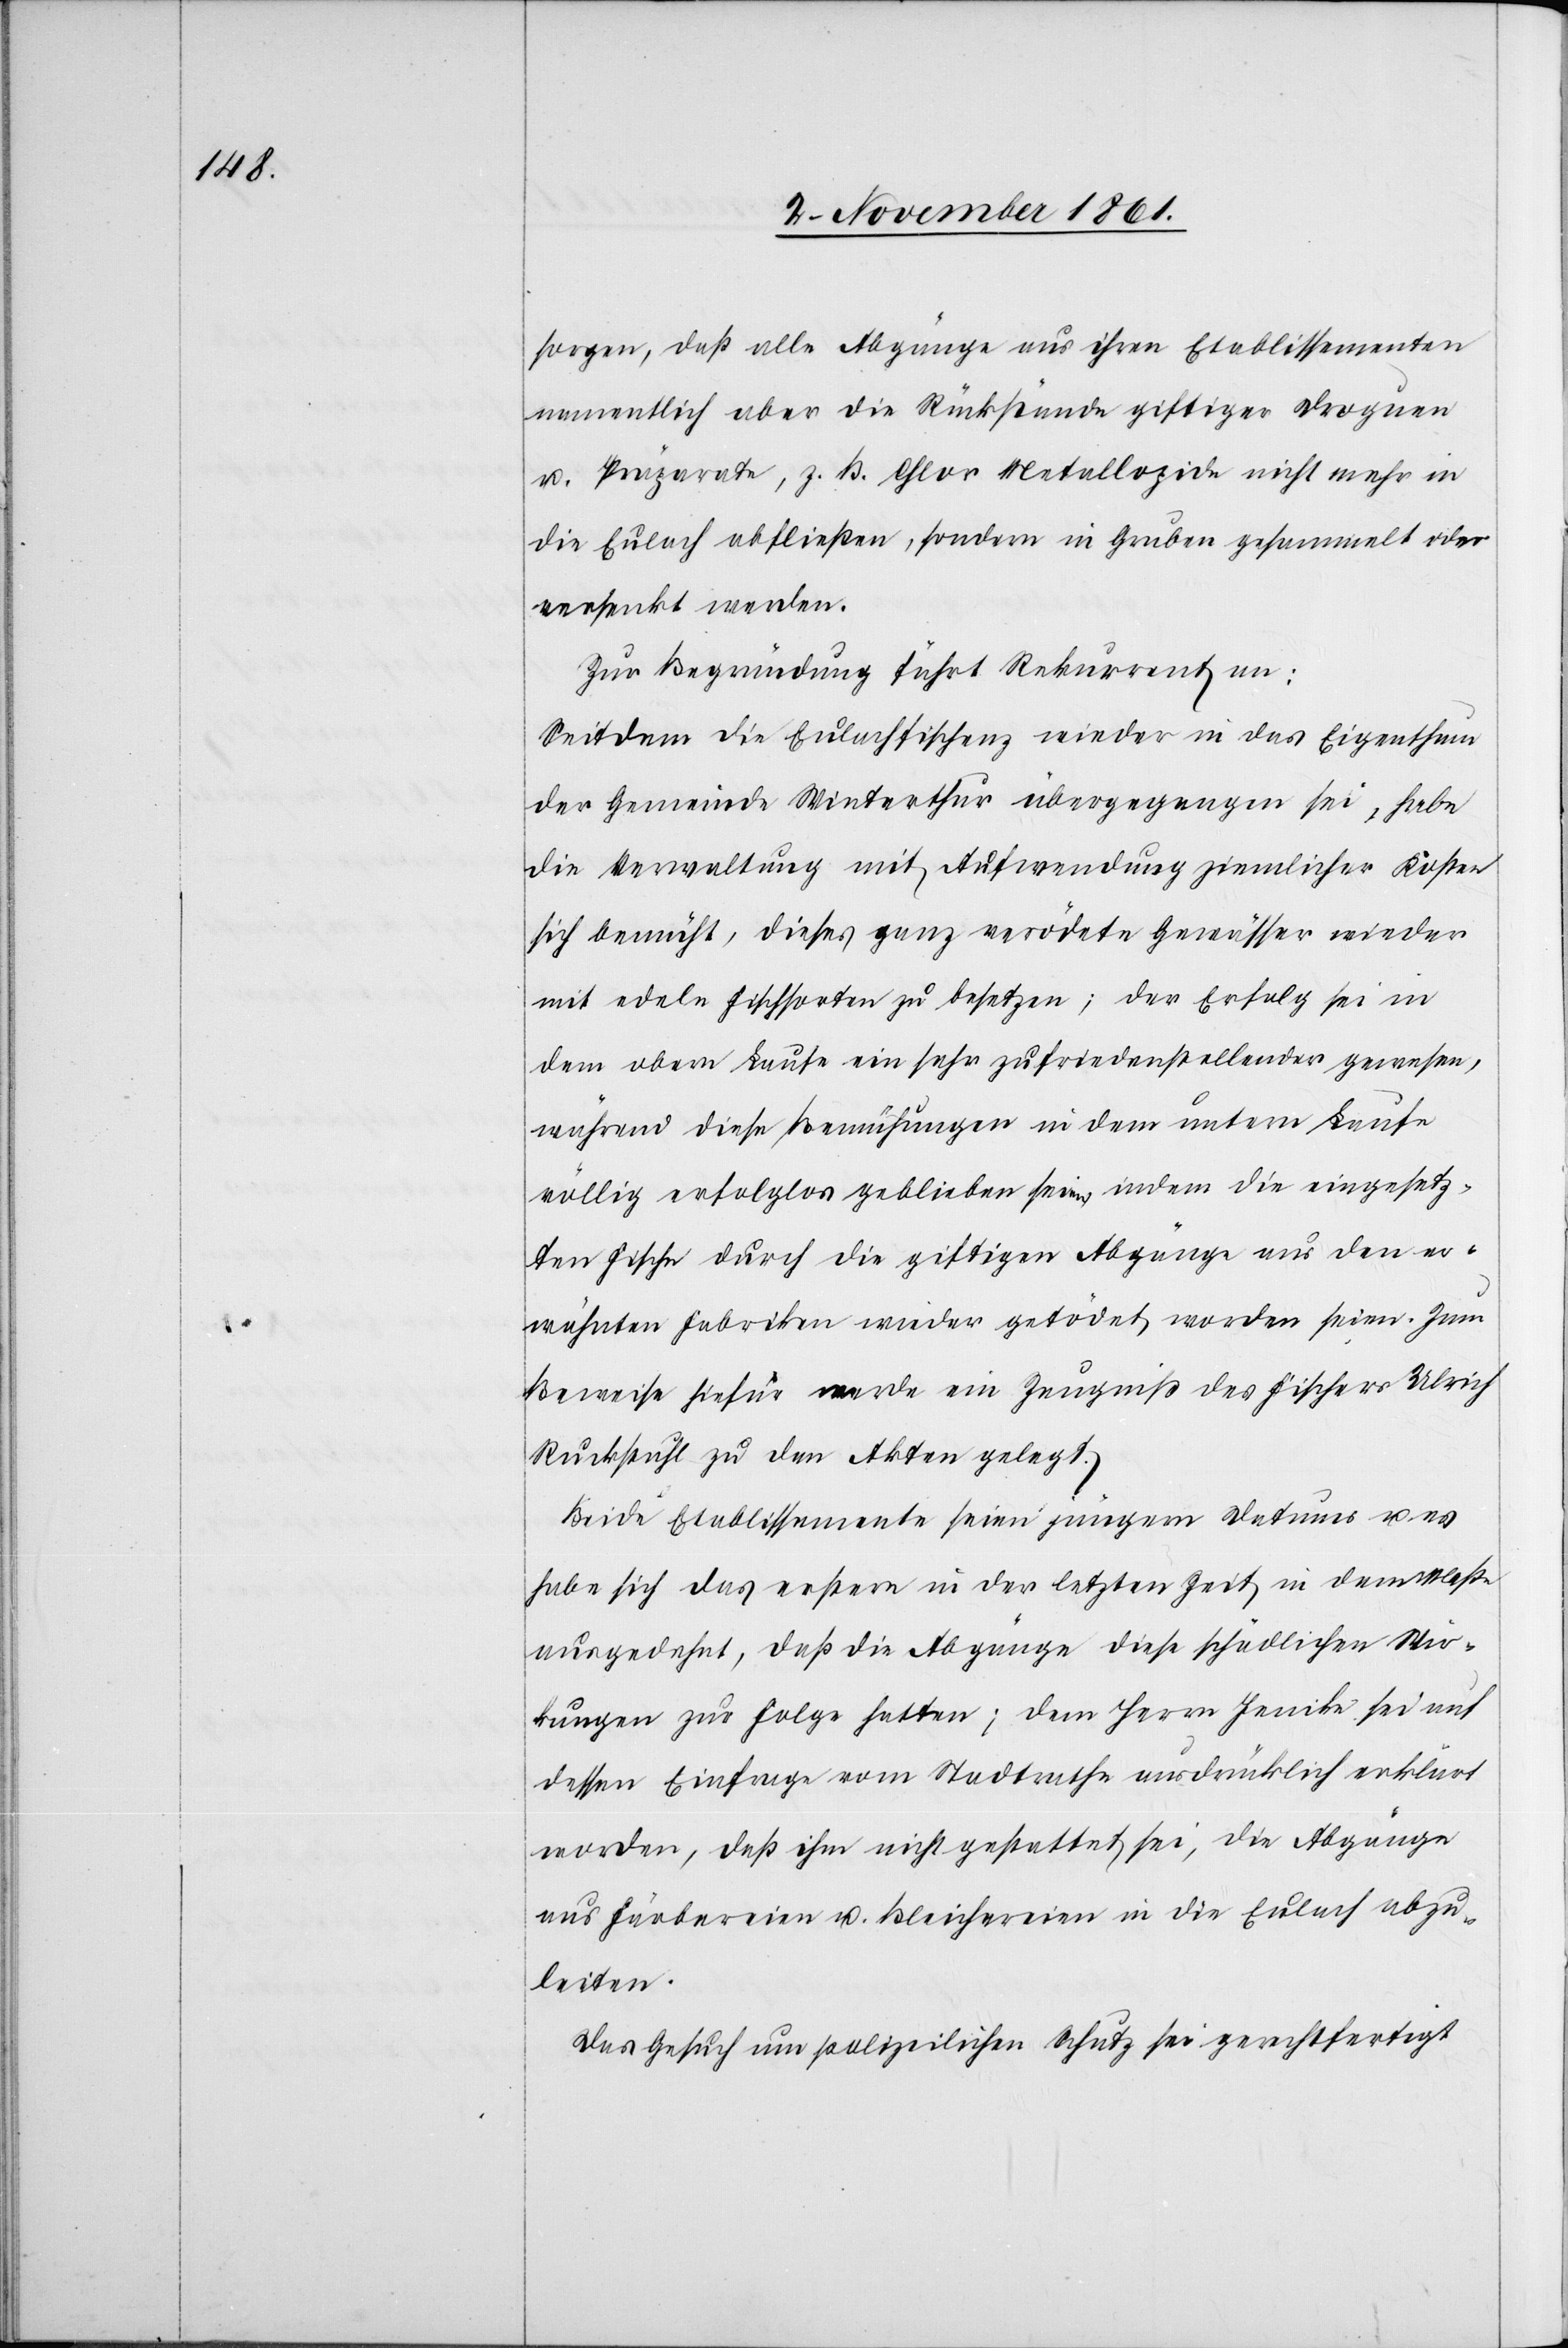
sorgen, daß alle Abgänge aus ihren Etablissementen
namentlich aber die Rückstände giftiger Droguen
u. Präparate, z. B. Chlor Metallozide nicht mehr in
die Eulach abfließen, sondern in Gruben gesammelt oder
versenkt werden.
Zur Begründung führt Rekurrent an:
Seitdem die Eulachfischenz wieder in das Eigenthum
der Gemeinde Winterthur übergegangen sei, habe
die Verwaltung mit Aufwendung ziemlicher Kosten
sich bemüht, dieses ganz verödete Gewässer wieder
mit edeln Fischsorten zu besetzen; der Erfolg sei in
dem obern Laufe ein sehr zufriedenstellender gewesen,
während diese Bemühungen in dem untern Laufe
völlig erfolglos geblieben seien, indem die eingesetz¬
ten Fische durch die giftigen Abgänge aus den er¬
wähnten Fabriken wieder getödet worden seien. Zum
Beweise hiefür werde ein Zeugniß des Fischers Ulrich
Ruckstuhl zu den Akten gelegt.
Beide Etablissemente seien jüngern Datums u. es
habe sich das erstere in der letzten Zeit in dem Maße
ausgedehnt, daß die Abgänge diese schädlichen Wir¬
kungen zur Folge hatten; dem Herrn Jenike sei auf
dessen Einfrage vom Stadtrathe ausdrücklich erklärt
worden, daß ihm nicht gestattet sei, die Abgänge
aus Färbereien u. Bleichereien in die Eulach abzu¬
leiten.
Das Gesuch um polizeilichen Schutz sei gerechtfertigt